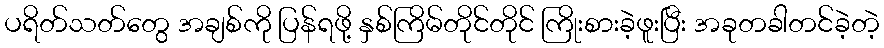
ပရိတ်သတ်တွေ အချစ်ကို ပြန်ရဖို့ နှစ်ကြိမ်တိုင်တိုင် ကြိုးစားခဲ့ဖူးပြီး အခုတခါတင်ခဲ့တဲ့